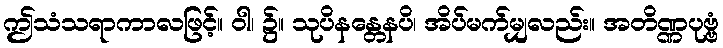
ဤသံသရာကာလဖြင့်။ ဝါ၊ ၌။ သုပိနန္တေနပိ၊ အိပ်မက်မျှလည်း။ အတိဏ္ဏပုဗ္ဗံ